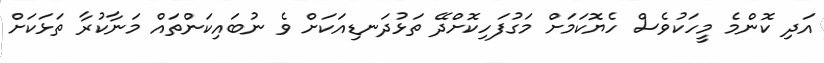
އަދި ކޮންމެ މީހަކުވެސް ހެޔޮކަމަށް މަގުފަހިކޮށްދޭ ތަޅުދަނޑިއަކަށް ވެ ނުބައިކަންތައް މަނާކުރާ ތަޅަކަށް